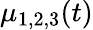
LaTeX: \mu_{1,2,3}(t)